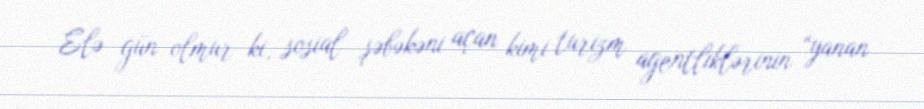
Elə gün olmur ki, sosial şəbəkəni açan kimi turizm agentliklərinin “yanan